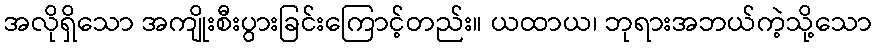
အလိုရှိသော အကျိုးစီးပွားခြင်းကြောင့်တည်း။ ယထာယ၊ ဘုရားအဘယ်ကဲ့သို့သော